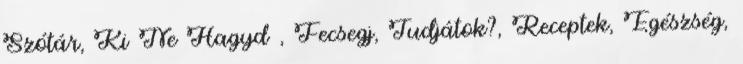
Szótár, Ki Ne Hagyd , Fecsegj, Tudjátok?, Receptek, Egészség,